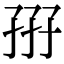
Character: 𡥦